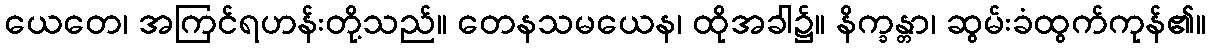
ယေတေ၊ အကြင်ရဟန်းတို့သည်။ တေနသမယေန၊ ထိုအခါ၌။ နိက္ခန္တာ၊ ဆွမ်းခံထွက်ကုန်၏။